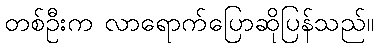
တစ်ဦးက လာရောက်ပြောဆိုပြန်သည်။